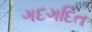
ગદગદિત